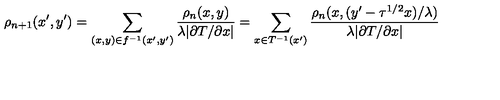
\rho _ { n + 1 } ( x ^ { \prime } , y ^ { \prime } ) = \sum _ { ( x , y ) \in f ^ { - 1 } ( x ^ { \prime } , y ^ { \prime } ) } \frac { \rho _ { n } ( x , y ) } { \lambda | \partial T / \partial x | } = \sum _ { x \in T ^ { - 1 } ( x ^ { \prime } ) } \frac { \rho _ { n } ( x , ( y ^ { \prime } - \tau ^ { 1 / 2 } x ) / \lambda ) } { \lambda | \partial T / \partial x | }